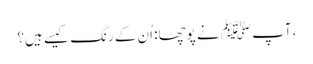
، آپ ﷺ نے پوچھا: اُن کے رنگ کیسے ہیں؟